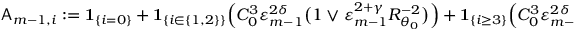
\begin{array} { r } { \mathsf { A } _ { m - 1 , i } : = { \bf 1 } _ { \{ i = 0 \} } + { \bf 1 } _ { \{ i \in \{ 1 , 2 \} \} } \Bigl ( C _ { 0 } ^ { 3 } \varepsilon _ { m - 1 } ^ { 2 \delta } \bigl ( 1 \vee \varepsilon _ { m - 1 } ^ { 2 + \gamma } R _ { \theta _ { 0 } } ^ { - 2 } \bigr ) \Bigr ) + { \bf 1 } _ { \{ i \geq 3 \} } \Bigl ( C _ { 0 } ^ { 3 } \varepsilon _ { m - 1 } ^ { 2 \delta } \bigl ( 1 \vee \varepsilon _ { m - 1 } ^ { 2 + \gamma } R _ { \theta _ { 0 } } ^ { - 2 } \bigr ) \Bigr ) ^ { \frac { i } { 2 } } \, . } \end{array}